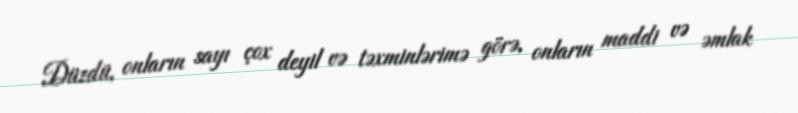
Düzdü, onların sayı çox deyil və təxminlərimə görə, onların maddi və əmlak